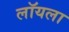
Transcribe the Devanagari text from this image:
लॉयला